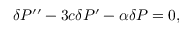
\delta P ^ { \prime \prime } - 3 c \delta P ^ { \prime } - \alpha \delta P = 0 ,